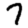
Digit: 7